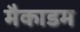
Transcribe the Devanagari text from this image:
मैकाडम